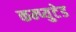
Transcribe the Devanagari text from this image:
कम्प्युटेड